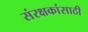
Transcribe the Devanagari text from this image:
संरक्षकांसाठी